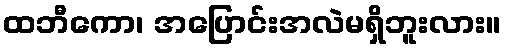
ထဘီကော၊ အပြောင်းအလဲမရှိဘူးလား။